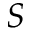
S